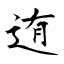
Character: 迶